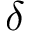
\delta